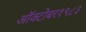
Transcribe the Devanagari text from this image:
ऑक्‍टोबर१९८३